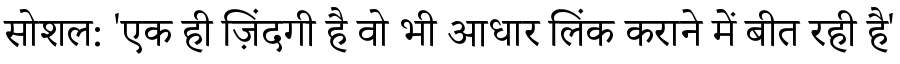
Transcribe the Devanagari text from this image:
सोशल: 'एक ही ज़िंदगी है वो भी आधार लिंक कराने में बीत रही है'